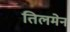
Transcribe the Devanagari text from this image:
तिलमेन